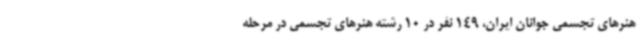
هنرهای تجسمی جوانان ایران، 149 نفر در 10 رشته هنرهای تجسمی در مرحله